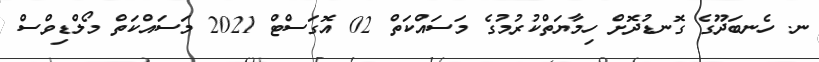
ނ. ހެނބަދޫގެ ގޮނޑުދޮށް ހިމާޔަތްކުރުމުގެ މަސައްކަތް 02 އޮގަސްޓް 2021 މަސައްކަތް މޯލްޑިވްސް